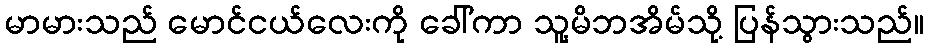
မာမားသည် မောင်ငယ်လေးကို ခေါ်ကာ သူ့မိဘအိမ်သို့ ပြန်သွားသည်။